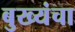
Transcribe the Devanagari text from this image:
बुख्यंचा